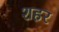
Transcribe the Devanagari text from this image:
शहर